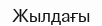
Жылдағы